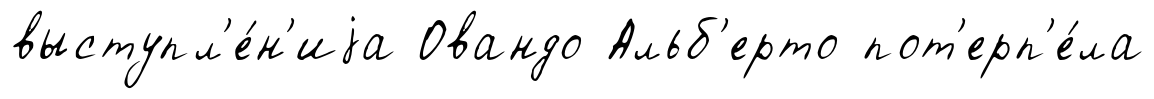
выступл'е́н'иjа Овандо Альб'ерто пот'ерп'е́ла